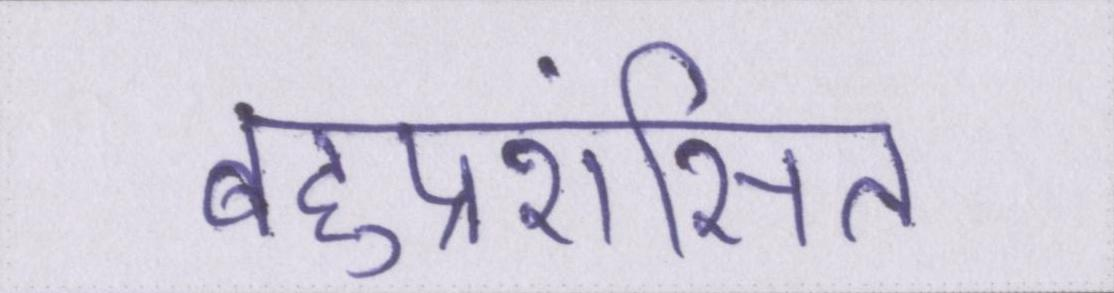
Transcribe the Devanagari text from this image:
बहुप्रशंसित